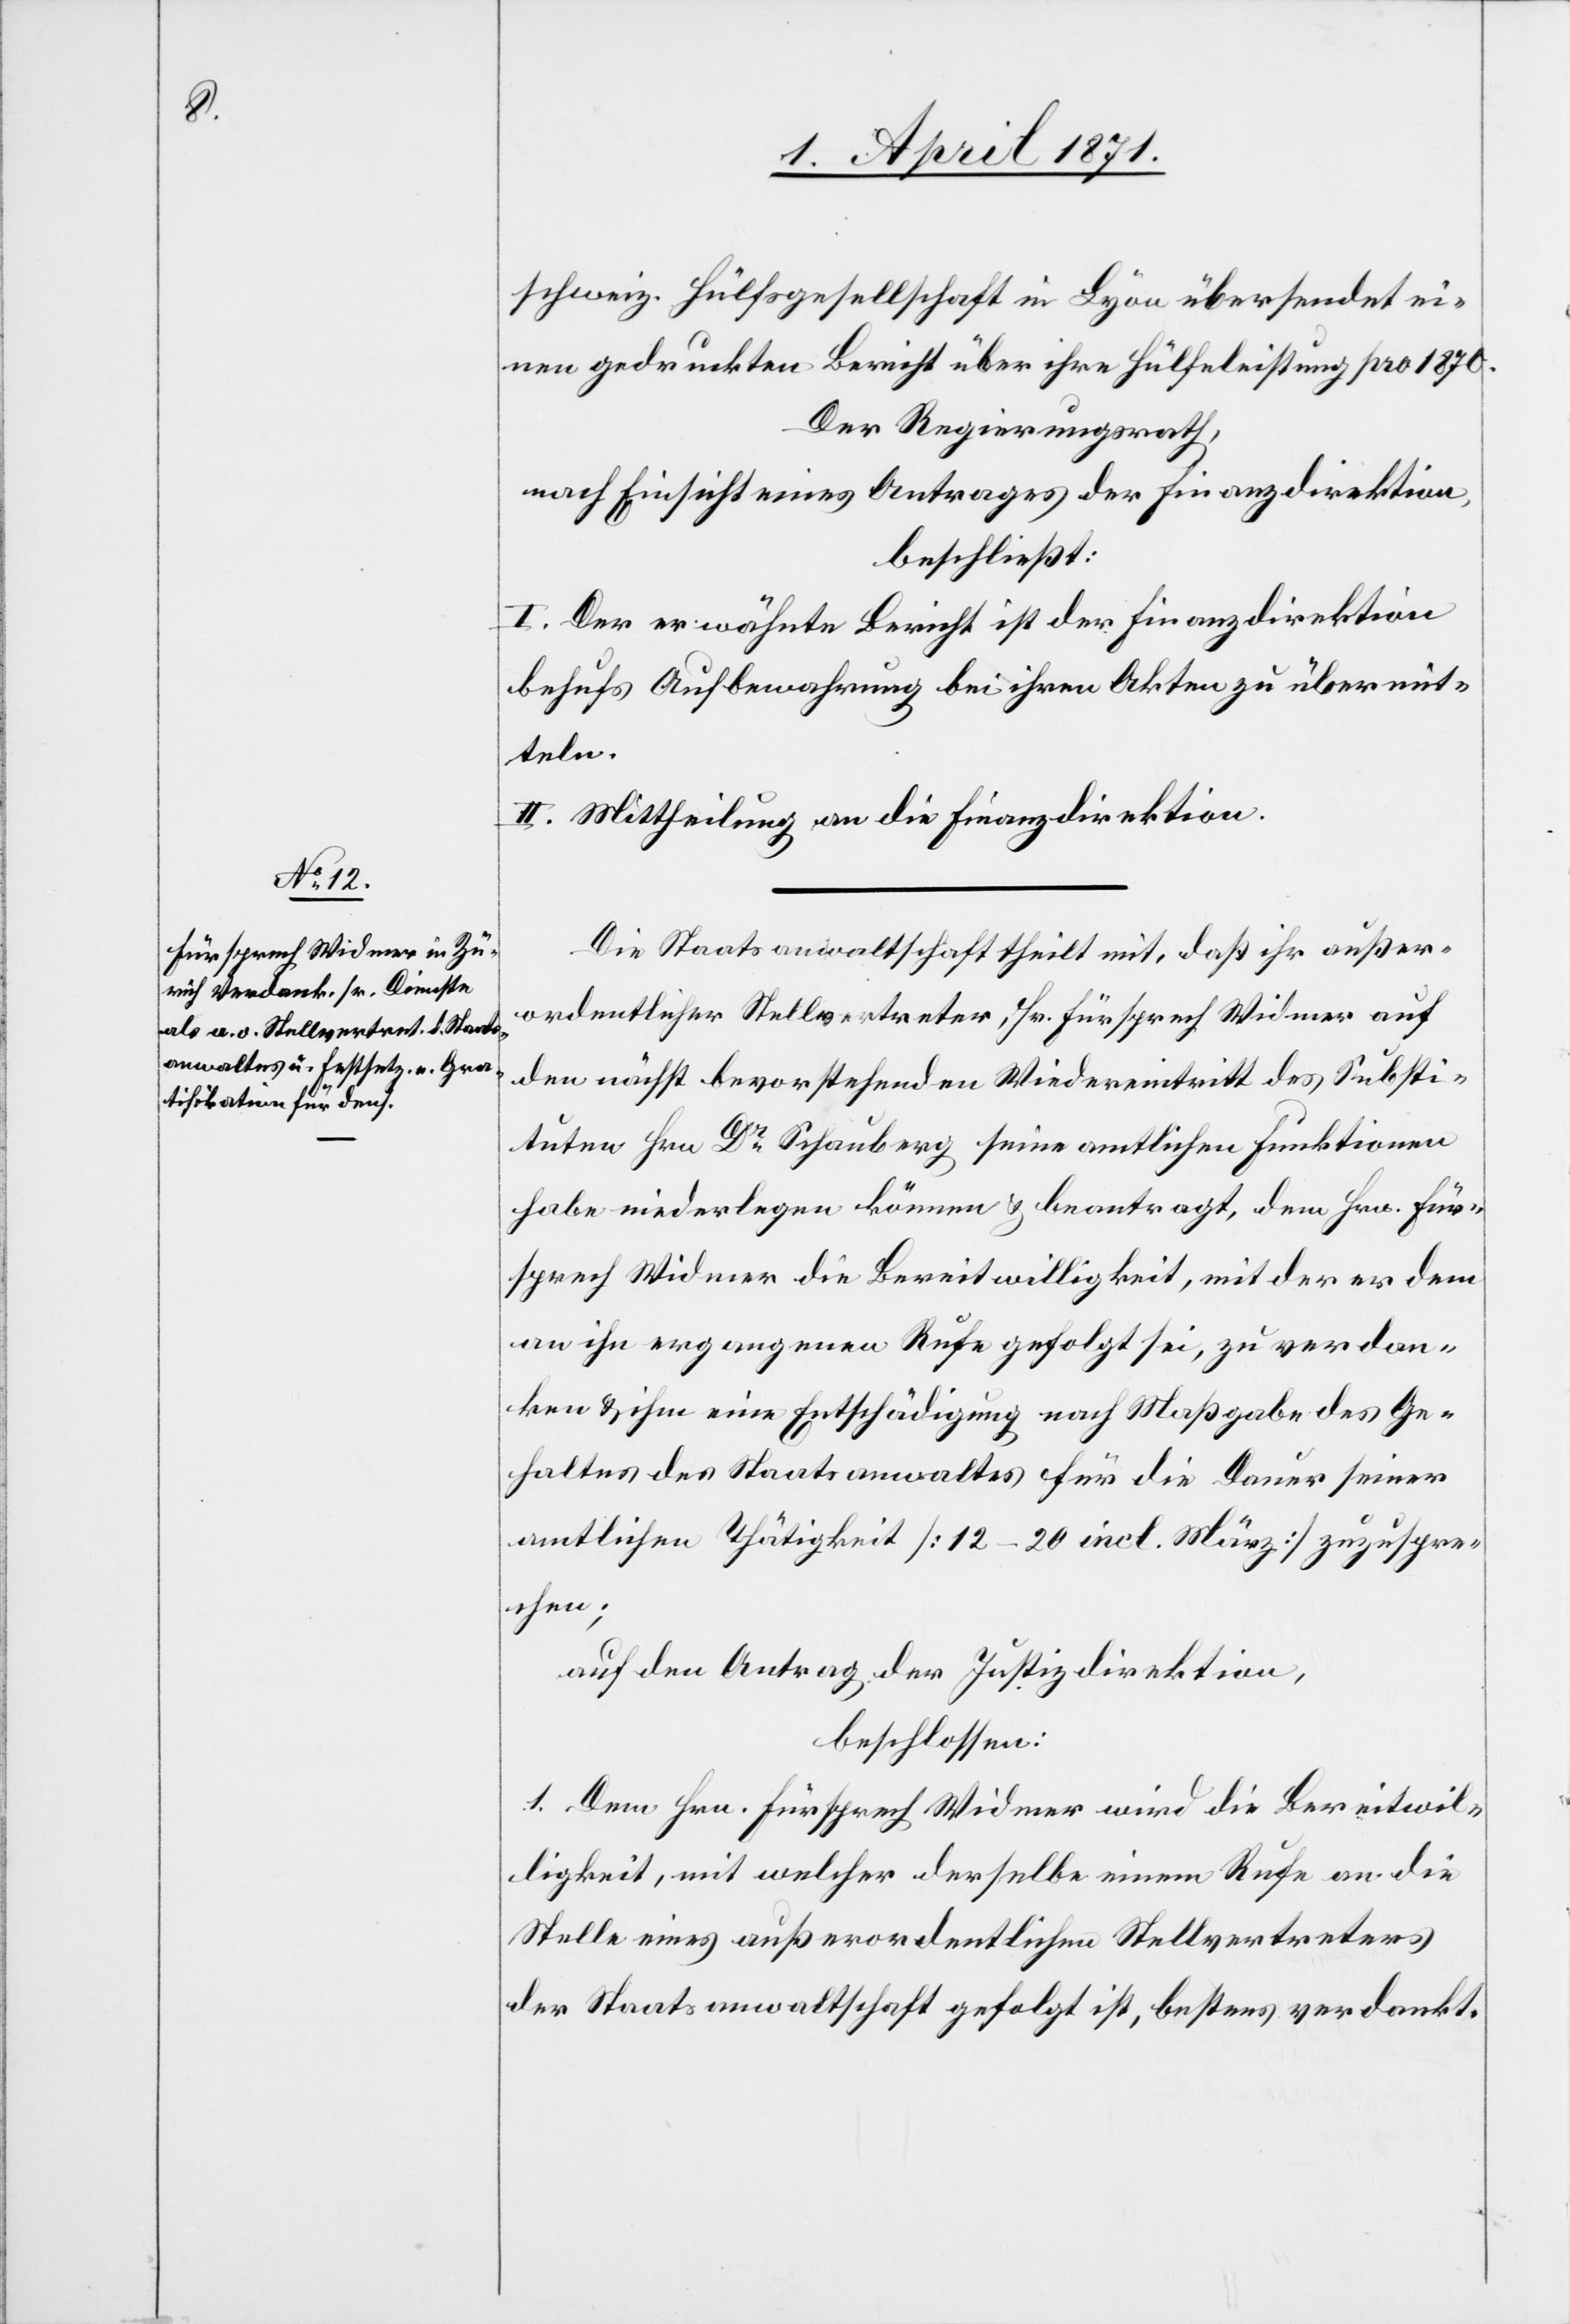
schweiz. Hülfsgesellschaft in Lyon übersendet ei¬
nen gedruckten Bericht über ihre Hülfeleistung pro 1870.
Der Regierungsrath,
nach Einsicht eines Antrages der Finanzdirektion,
beschließt:
I. Der erwähnte Bericht ist der Finanzdirektion
behufs Aufbewahrung bei ihren Akten zu übermit¬
teln.
II. Mittheilung an die Finanzdirektion.
Die Staatsanwaltschaft theilt mit, daß ihr außer¬
ordentlicher Stellvertreter, Hr. Fürsprech Widmer auf
den nächst bevorstehenden Wiedereintritt des Substi¬
tuten Hrn Dr. Schauberg seine amtlichen Funktionen
habe niederlegen können u. beantragt, dem Hrn. Für¬
sprech Widmer die Bereitwilligkeit, mit der er dem
an ihn ergangenen Rufe gefolgt sei, zu verdan¬
ken u. ihm eine Entschädigung nach Maßgabe des Ge¬
haltes des Staatsanwaltes für die Dauer seiner
amtlichen Thätigkeit [12–20 incl. März] zuzuspre¬
chen;
auf den Antrag der Justizdirektion,
beschossen:
1. Dem Hrn. Fürsprech Widmer wird die Bereitwil¬
ligkeit, mit welcher derselbe einem Rufe an die
Stelle eines außerordentlichen Stellvertreters
der Staatsanwaltschaft gefolgt ist, bestens verdankt.